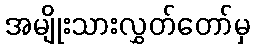
အမျိုးသားလွှတ်တော်မှ